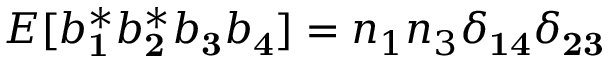
E [ b _ { \mathbf 1 } ^ { * } b _ { \mathbf 2 } ^ { * } b _ { \mathbf 3 } b _ { \mathbf 4 } ] = n _ { 1 } n _ { 3 } \delta _ { \mathbf 1 \mathbf 4 } \delta _ { \mathbf 2 \mathbf 3 }